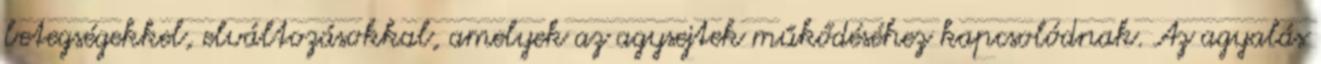
betegségekkel, elváltozásokkal, amelyek az agysejtek műkődéséhez kapcsolódnak. Az agyalás